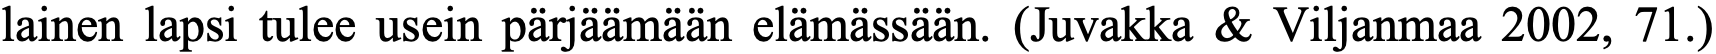
lainen lapsi tulee usein pärjäämään elämässään. (Juvakka & Viljanmaa 2002, 71.)